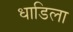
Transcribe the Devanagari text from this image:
धाडिला